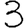
Digit: 3